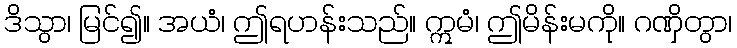
ဒိသွာ၊ မြင်၍။ အယံ၊ ဤရဟန်းသည်။ ဣမံ၊ ဤမိန်းမကို။ ဂဏှိတွာ၊